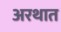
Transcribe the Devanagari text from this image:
अरथात